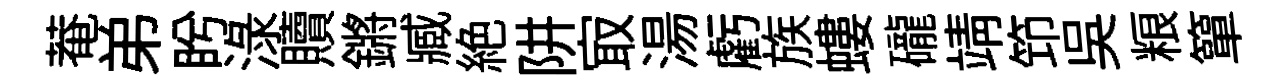
菴弟盻渌贖鏘臧絶阱㝡湯虧族螻礲靖笻呉粮簞